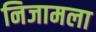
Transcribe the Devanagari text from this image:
निजामला